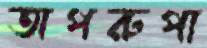
অপরুপা